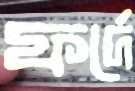
ফর্দে